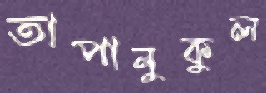
তাপানুকুল